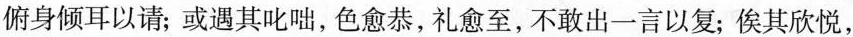
俯身倾耳以请；或遇其叱咄，色愈恭，礼愈至，不敢出一言以复；俟其欣悦，